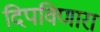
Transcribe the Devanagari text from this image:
दिपविणारा